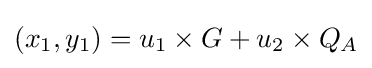
(x_{1},y_{1})=u_{1}\times G+u_{2}\times Q_{A}